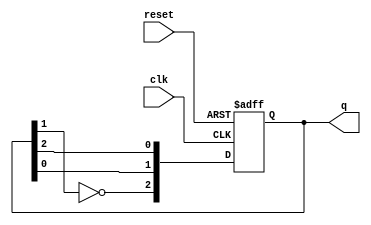
module johnson_counter (
    input wire clk,       // Clock signal
    input wire reset,     // Asynchronous reset signal
    output reg [2:0] q    // 3-bit output representing the current state
);

    // State transition logic
    always @(posedge clk or posedge reset) begin
        if (reset) begin
            // Reset the counter to state 000
            q <= 3'b000;
        end else begin
            // Johnson counter state transition
            q[2] <= ~q[1]; // Invert the second flip-flop and assign to the first
            q[1] <= q[0];  // Shift the state to the right
            q[0] <= q[2];  // Assign the last flip-flop to the first
        end
    end

endmodule